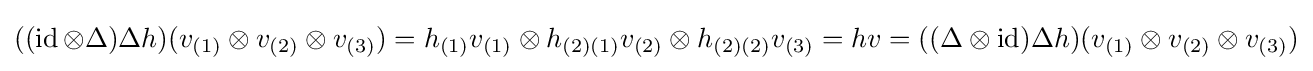
((\operatorname {id} \otimes \Delta )\Delta h)(v_{(1)}\otimes v_{(2)}\otimes v_{(3)})=h_{(1)}v_{(1)}\otimes h_{(2)(1)}v_{(2)}\otimes h_{(2)(2)}v_{(3)}=hv=((\Delta \otimes \operatorname {id} )\Delta h)(v_{(1)}\otimes v_{(2)}\otimes v_{(3)})